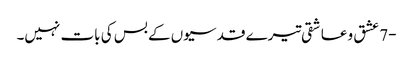
-7 عشق و عاشقی تیرے قدسیوں کے بس کی بات نہیں۔